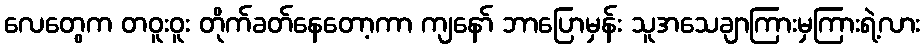
လေတွေက တဝူးဝူး တိုက်ခတ်နေတော့ကာ ကျနော် ဘာပြောမှန်း သူအသေချာကြားမှကြားရဲ့လား